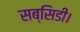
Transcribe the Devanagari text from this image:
सब्सिडी।